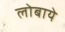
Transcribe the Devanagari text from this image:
लोबाये